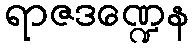
ရာဇဒဏ္ဍေန